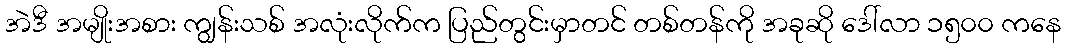
အဲဒီ အမျိုးအစား ကျွန်းသစ် အလုံးလိုက်က ပြည်တွင်းမှာတင် တစ်တန်ကို အခုဆို ဒေါ်လာ ၁၅၀၀ ကနေ